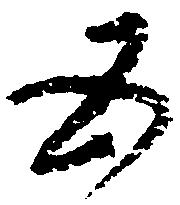
五